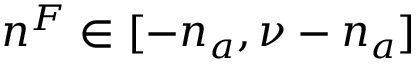
n ^ { F } \in [ - n _ { a } , \nu - n _ { a } ]